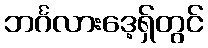
ဘင်္ဂလားဒေ့ရှ်တွင်